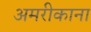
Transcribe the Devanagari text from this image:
अमरीकाना